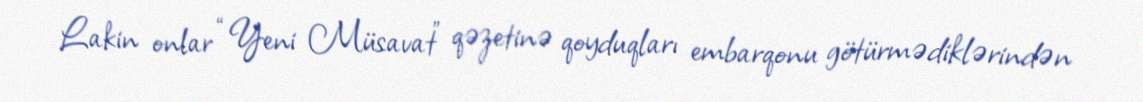
Lakin onlar “Yeni Müsavat” qəzetinə qoyduqları embarqonu götürmədiklərindən